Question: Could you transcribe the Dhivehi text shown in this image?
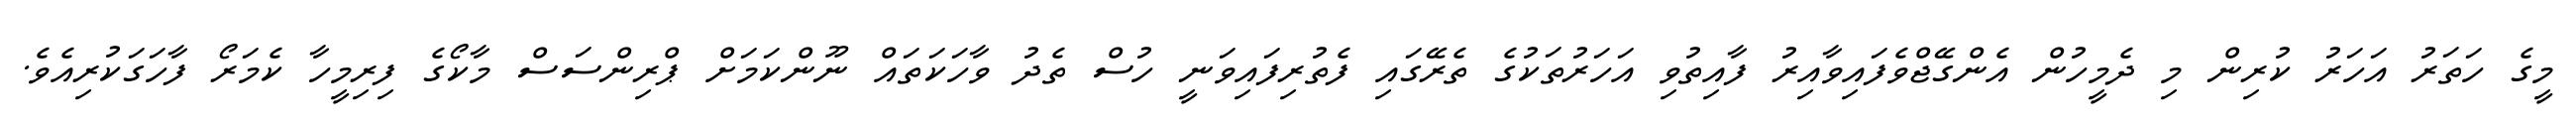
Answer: މީގެ ހަތަރު އަހަރު ކުރިން މި ދެމީހުން އެންގޭޖްވެފައިވާއިރު ފާއިތުވި އަހަރުތަކުގެ ތެރޭގައި ފެތުރިފައިވަނީ ހުސް ތެދު ވާހަކަތައް ނޫންކަމަށް ޕްރިންސަސް މާކޯގެ ފިރިމީހާ ކެމަރޯ ފާހަގަކުރިއެވެ.